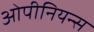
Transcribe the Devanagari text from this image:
ओपीनियन्स